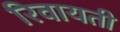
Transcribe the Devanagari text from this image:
रिवायती